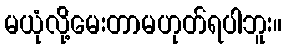
မယုံလို့်မေးတာမဟုတ်ရပါဘူး။